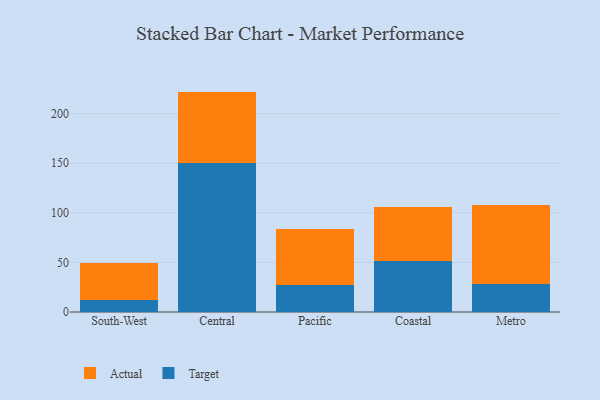
{"axis": {"x": "Region", "y": "Bounce Rate (%)"}, "legend": ["Actual", "Target"], "data": [{"x": "South-West", "y": 12.0, "type": "Target"}, {"x": "South-West", "y": 37.0, "type": "Actual"}, {"x": "Central", "y": 150.5, "type": "Target"}, {"x": "Central", "y": 71.7, "type": "Actual"}, {"x": "Pacific", "y": 26.8, "type": "Target"}, {"x": "Pacific", "y": 57.3, "type": "Actual"}, {"x": "Coastal", "y": 51.9, "type": "Target"}, {"x": "Coastal", "y": 54.4, "type": "Actual"}, {"x": "Metro", "y": 28.6, "type": "Target"}, {"x": "Metro", "y": 78.8, "type": "Actual"}]}